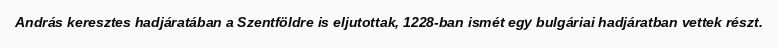
András keresztes hadjáratában a Szentföldre is eljutottak, 1228-ban ismét egy bulgáriai hadjáratban vettek részt.